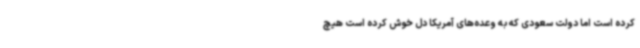
کرده است اما دولت سعودی که به وعده‌های آمریکا دل خوش کرده است هیچ